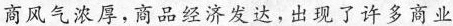
商风气浓厚，商品经济发达，出现了许多商业